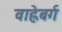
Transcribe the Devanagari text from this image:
वाह्लेबर्ग